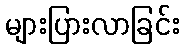
များပြားလာခြင်း